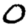
Digit: 0